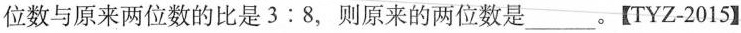
位数与原来两位数的比是3:8，则原来的两位数是___。[TYZ-2015】